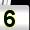
Digit: 5